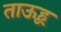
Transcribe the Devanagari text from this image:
ताऊहू